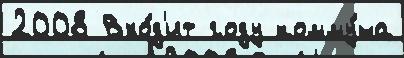
2008 Вхо́д'ит году комму́на